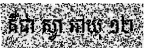
គឺជា ស្វា អាយុ ១២